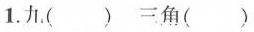
1.九()三角()